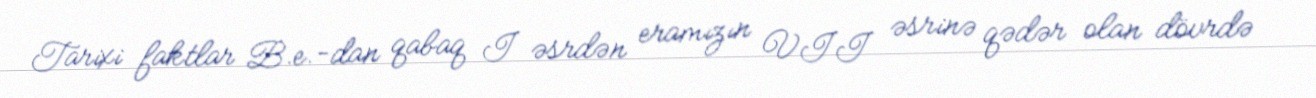
Tarixi faktlar B.e.-dan qabaq I əsrdən eramızın VII əsrinə qədər olan dövrdə